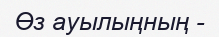
Өз ауылыңның -